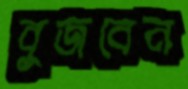
বুজবেন